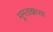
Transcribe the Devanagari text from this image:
मुमताझच्या